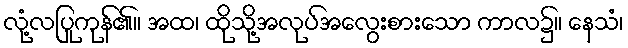
လုံ့လပြုကုန်၏။ အထ၊ ထိုသို့အလုပ်အလွေးစားသော ကာလ၌။ နေသံ၊